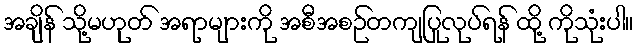
အချိန် သို့မဟုတ် အရာများကို အစီအစဉ်တကျပြုလုပ်ရန် ထို့ ကိုသုံးပါ။